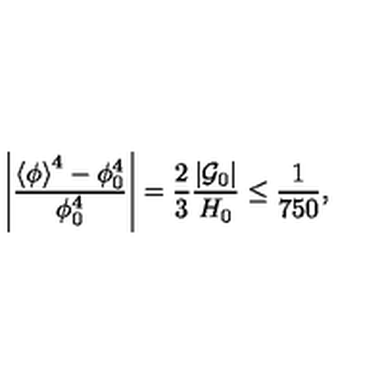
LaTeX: \left| \frac { \left< \phi \right> ^ { 4 } - \phi _ { 0 } ^ { 4 } } { \phi _ { 0 } ^ { 4 } } \right| = { \frac { 2 } { 3 } } { \frac { \left| { \cal G } _ { 0 } \right| } { H _ { 0 } } } \leq { \frac { 1 } { 7 5 0 } } ,